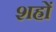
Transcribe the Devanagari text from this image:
शह्रों